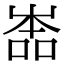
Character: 𡴡